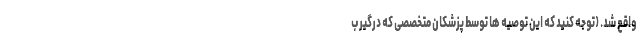
واقع شد. (توجه کنید که این توصیه ها توسط پزشکان متخصصی که درگیر ب